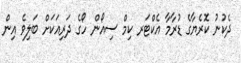
ދެކުނު ކޮރެޔާގެ ޑުރާމާ އެކްޓަރ ކިމް ސިއޯން ހޯގެ ދަރިއަކަށް ބަލިވެ އިން